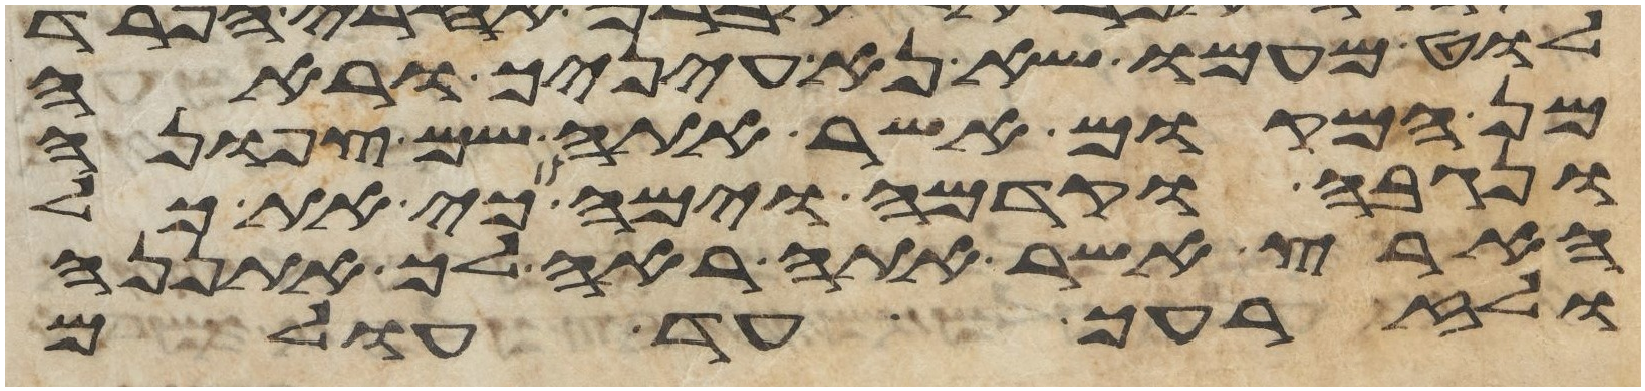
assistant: לוט מעמו שא נא עיניך וראה
מן המקום אשר אתה שם צפונה
ונגבה וקדמה וימה כי את כל
הארץ אשר אתה ראה לך אתננה
ולזרעך עד עולם